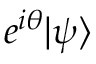
e ^ { i \theta } | \psi \rangle